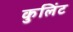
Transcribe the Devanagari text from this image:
कुलिंट